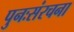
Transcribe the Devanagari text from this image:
पुनःसंरचना